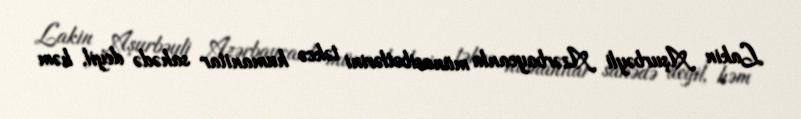
Lakin Aşurbəyli Azərbaycanla münasibətlərini təkcə humanitar sahədə deyil, həm